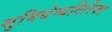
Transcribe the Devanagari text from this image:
सुविधेव्यतिरिक्त